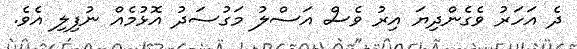
ދެ އަހަރު ވެގެންދިޔަ އިރު ވެސް އަސްލު މަގުސަދު އޮޅުމެއް ނުފިލި އެވެ.